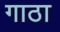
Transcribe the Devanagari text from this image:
गाठा